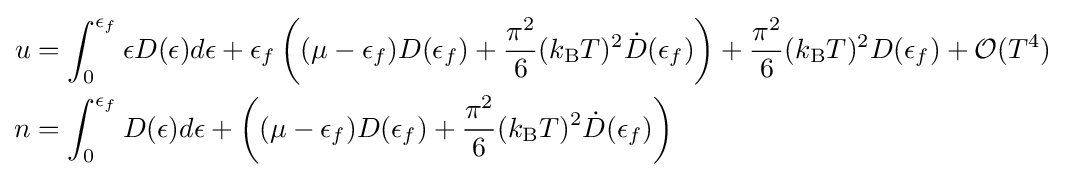
{\begin{aligned}u&=\int _{0}^{\epsilon _{f}}\epsilon D(\epsilon )d\epsilon +\epsilon _{f}\left((\mu -\epsilon _{f})D(\epsilon _{f})+{\frac {\pi ^{2}}{6}}(k_{\rm {B}}T)^{2}{\dot {D}}(\epsilon _{f})\right)+{\frac {\pi ^{2}}{6}}(k_{\rm {B}}T)^{2}D(\epsilon _{f})+{\mathcal {O}}(T^{4})\\n&=\int _{0}^{\epsilon _{f}}D(\epsilon )d\epsilon +\left((\mu -\epsilon _{f})D(\epsilon _{f})+{\frac {\pi ^{2}}{6}}(k_{\rm {B}}T)^{2}{\dot {D}}(\epsilon _{f})\right)\end{aligned}}